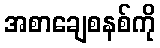
အစာချေစနစ်ကို